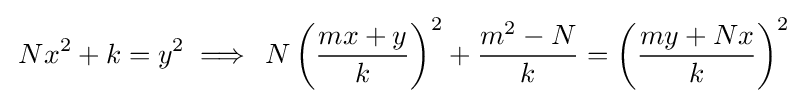
\,Nx^{2}+k=y^{2}\implies \,N\left({\frac {mx+y}{k}}\right)^{2}+{\frac {m^{2}-N}{k}}=\left({\frac {my+Nx}{k}}\right)^{2}